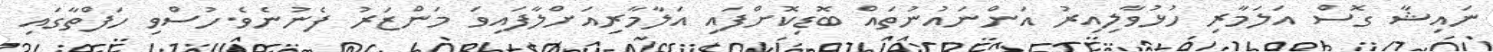
ނައިޝާ ގޮސް އަލަމާރި ހުޅުވާލިއިރު އަންނައުނުތައް ބޮޑިކޮށްފައި އަލާމާރިއަށްލާފައިވަ މަންޒަރު ފެނުނެވެ.ހުސްވި ހަފްތާގައި